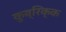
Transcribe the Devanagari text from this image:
कुब्रिक्क